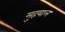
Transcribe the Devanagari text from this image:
मुहयाल